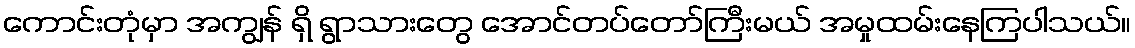
ကောင်းတုံမှာ အကျွန် ရှိ ရွာသားတွေ အောင်တပ်တော်ကြီးမယ် အမှုထမ်းနေကြပါသယ်။